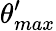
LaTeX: \theta_{max}^{\prime}